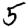
Digit: 5